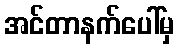
အင်တာနက်ပေါ်မှ